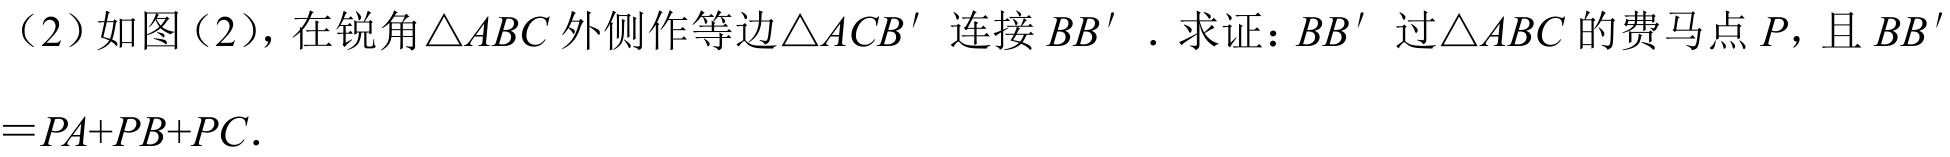
（2）如图（2），在锐角\(\triangle ABC\)外侧作等边\(\triangle ACB'\) 连接\(BB'\)．求证：\(BB'\) 过\(\triangle ABC\)的费马点\(P\)，且\(BB'\)
\(=PA + PB + PC\)．